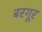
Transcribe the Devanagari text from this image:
बरगूर